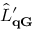
\hat { L } _ { \mathbf { q G } } ^ { \prime }